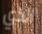
الذي